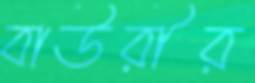
বাউরীর